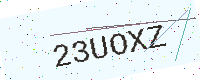
Text: 23UOXZ